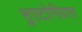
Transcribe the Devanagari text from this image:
सुएटोनियस